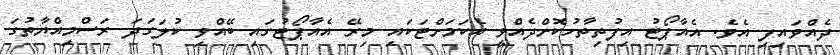
ދެއްވައިފި އެވެ. އެއާޕޯޓު އިފުތިތާހުކޮށްދެއްވީ އެކަމަށްޓަކައި މިރޭ އެއާޕޯޓުގައި ބޭއްވި ކުލަގަދަ ރަސްމިއްޔާތުގަ